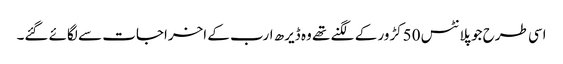
اسی طرح جو پلانٹس 50کڑور کے لگنے تھے وہ ڈیرھ ارب کے اخراجات سے لگائے گئے۔